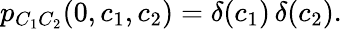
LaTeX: \begin{array}{r}{p_{C_{1}C_{2}}(0,c_{1},c_{2})=\delta(c_{1})\, \delta(c_{2}).}\end{array}